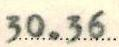
30.36